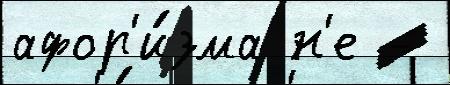
афор'и́зма н'е -